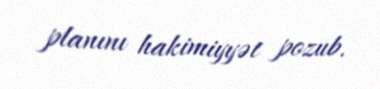
planını hakimiyyət pozub.